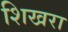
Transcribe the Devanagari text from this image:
शिखरा